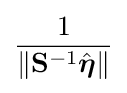
{\frac {1}{\lVert \mathbf {S} ^{-1}{\hat {\boldsymbol {\eta }}}\rVert }}